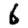
Digit: 6